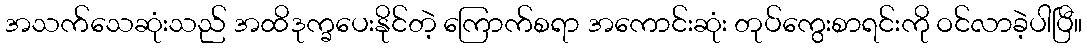
အသက်သေဆုံးသည် အထိဒုက္ခပေးနိုင်တဲ့ ကြောက်စရာ အကောင်းဆုံး တုပ်ကွေးစာရင်းကို ဝင်လာခဲ့ပါပြီ။